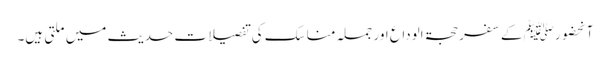
آنحضورﷺ کے سفر حجۃ الوداع اور جملہ مناسک کی تفصیلات حدیث میں ملتی ہیں۔